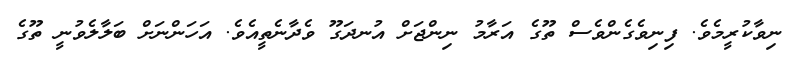
ނިވާކުރީމެވެ. ފިނިވެގެންވެސް ތޫގެ އަރާމު ނިންޖަށް އުނދަގޫ ވެދާނެތީއެވެ. އަހަންނަށް ބަލާލެވުނީ ތޫގެ